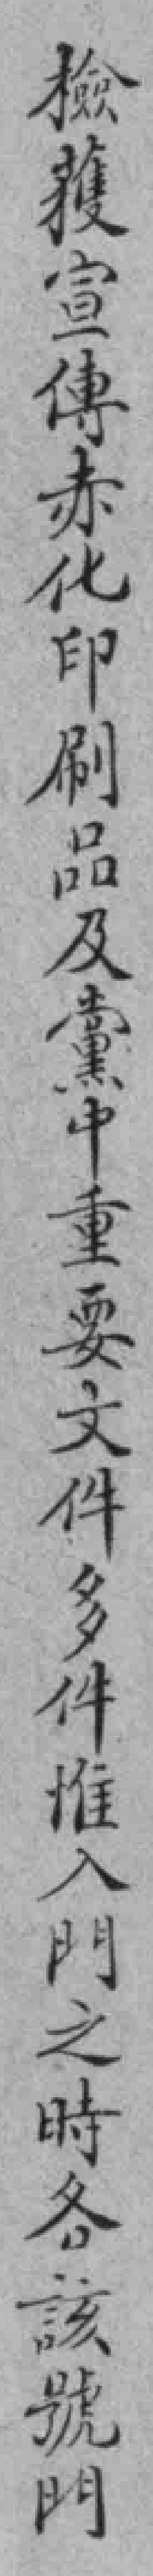
檢獲宣傳赤化印刷品及黨中重要文件多件惟入門之時各該號門